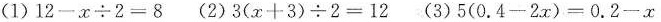
(1)$$1 2 - x \div 2 = 8$$ (2)$$3 ( x + 3 ) \div 2 = 1 2$$ (3)$$5 ( 0 . 4 - 2 x ) = 0 . 2 - x$$